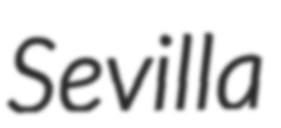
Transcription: Sevilla